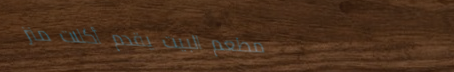
مطعم البيت يقدم أكلات منز